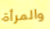
والمرأة